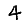
Digit: 4